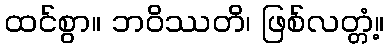
ထင်စွာ။ ဘဝိဿတိ၊ ဖြစ်လတ္တံ့။